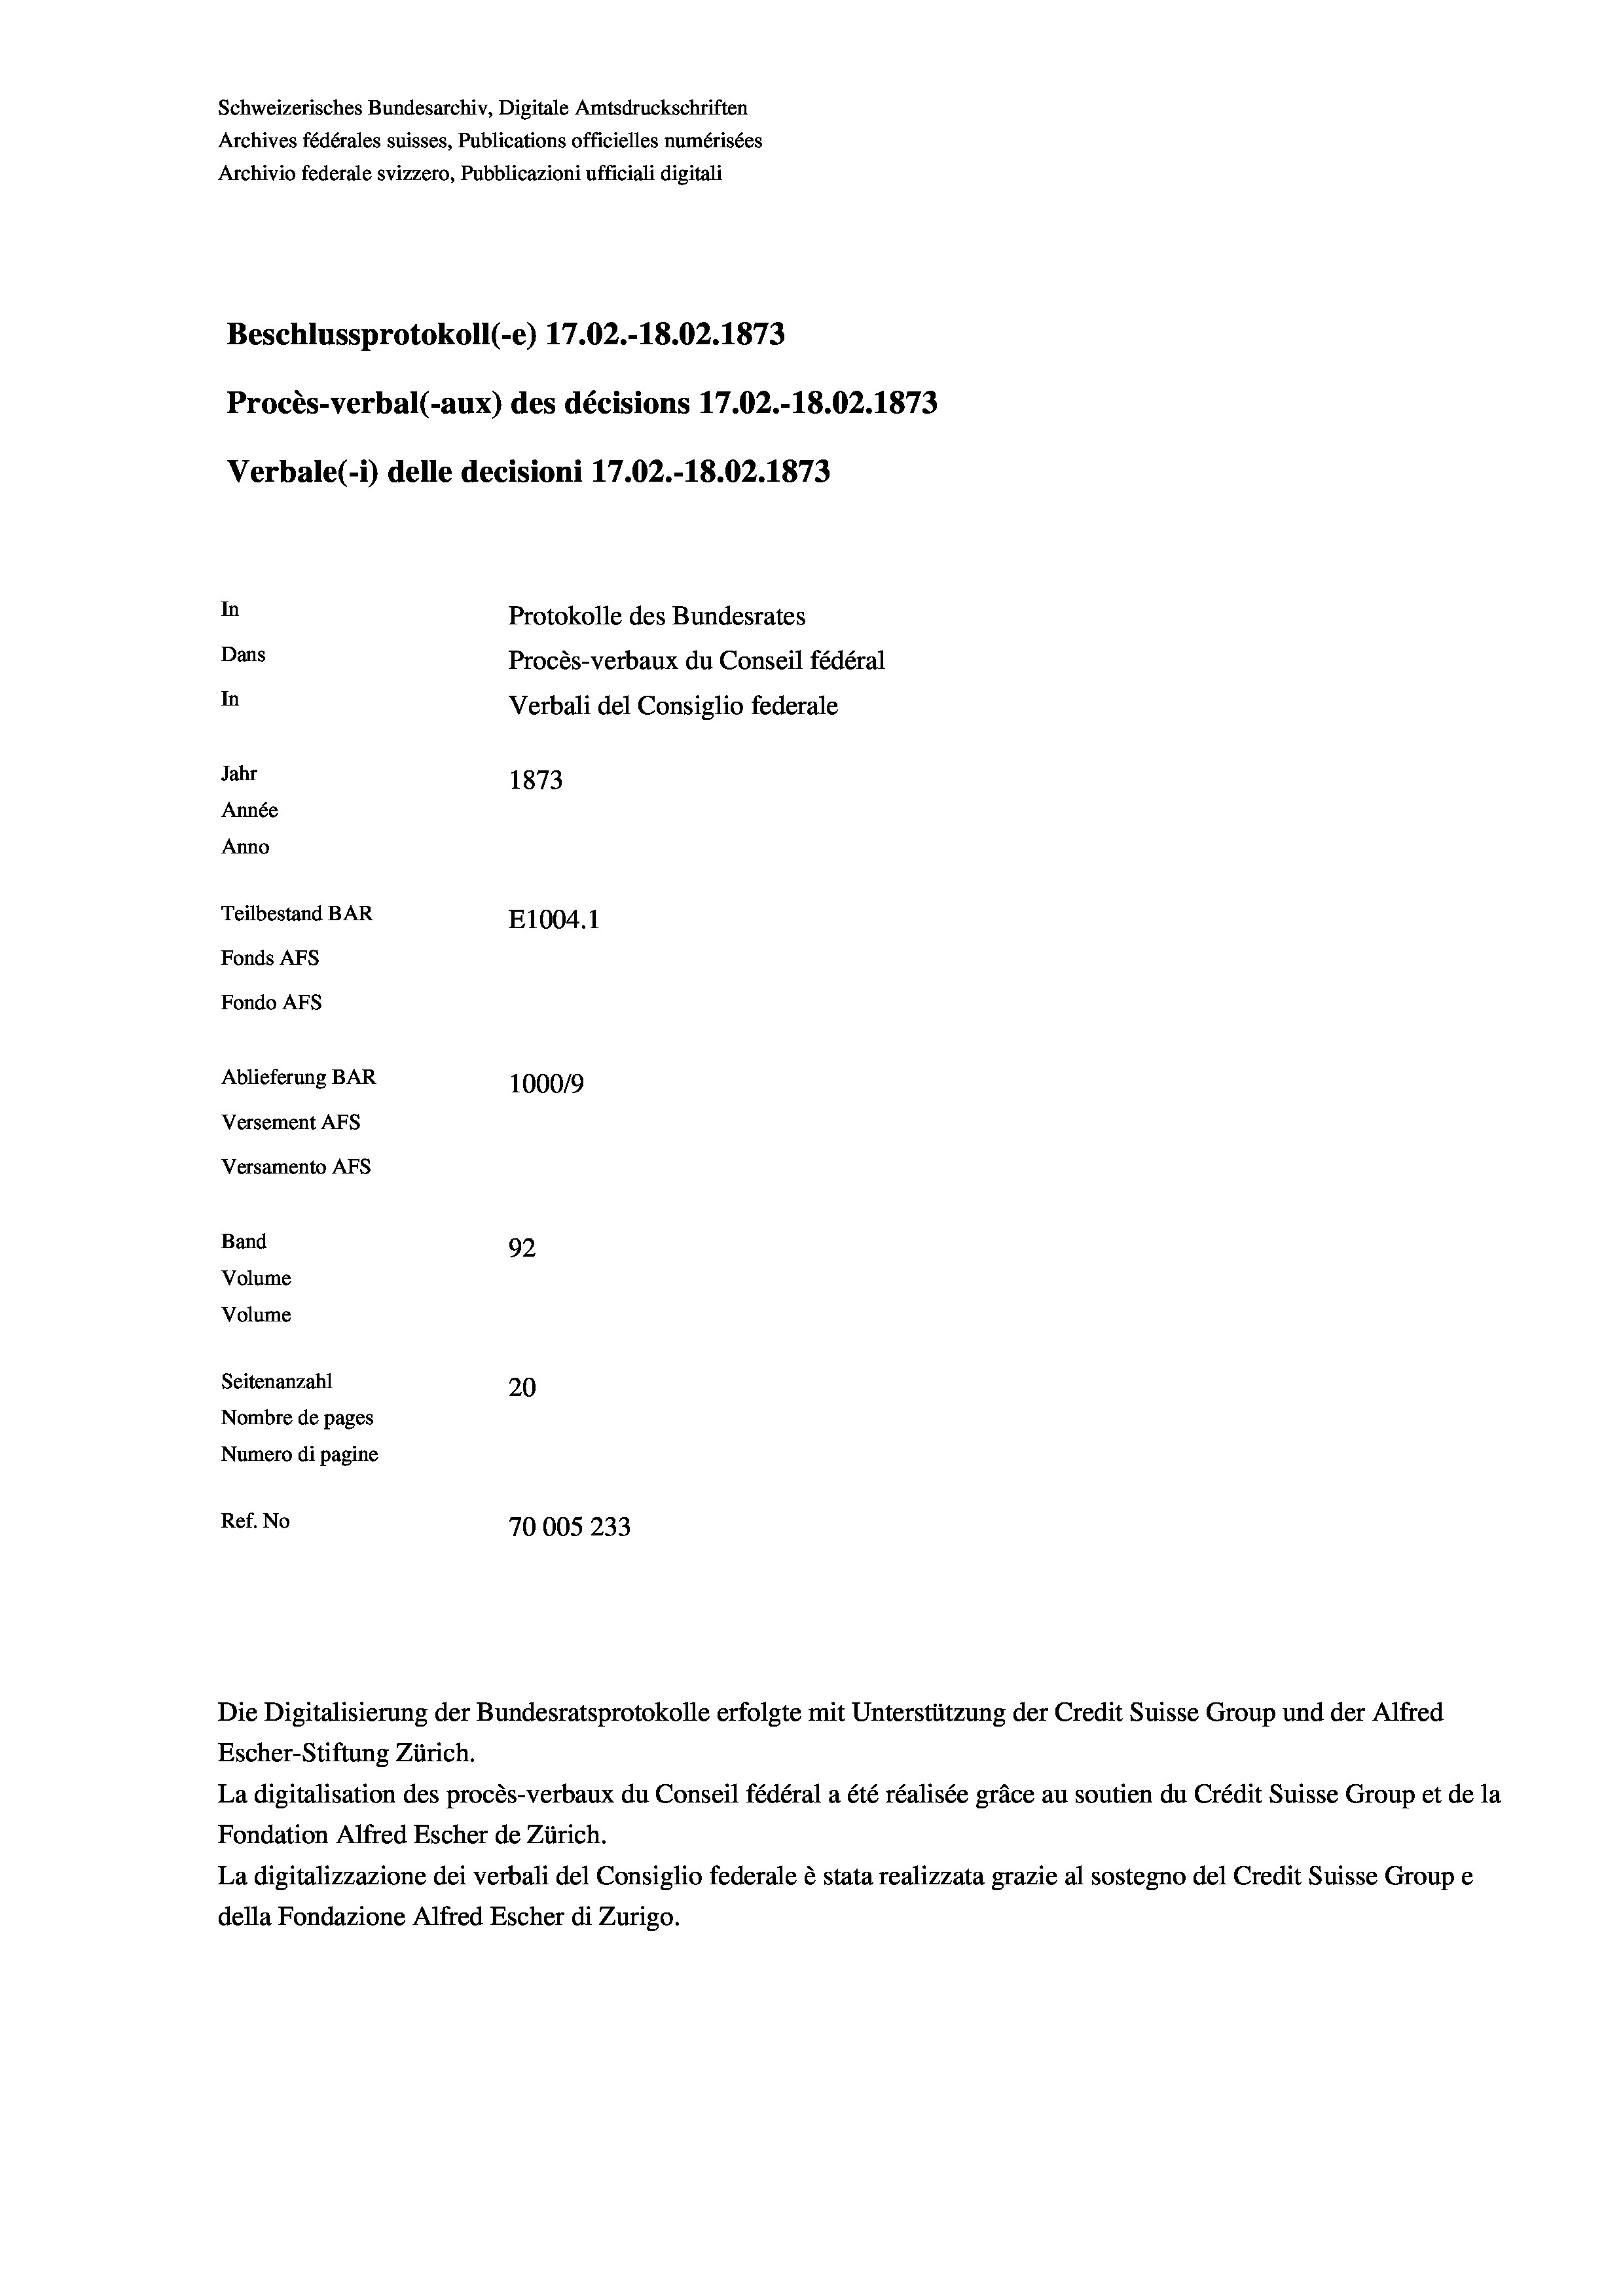
Schweizerisches Bundesarchiv, Digitale Amtsdruckschriften
Archives fédérales suisses, Publications officielles numérisées
Archivio federale svizzero, Pubblicazioni ufficiali digitali
Beschlussprotokoll (-e) 17.02.-18.02. 1873
Procès-verbal (-aux) des décisions 17.02.-18.02. 1873
Verbale (- 1) delle decisioni 17.02.-18.02. 1873
In
Protokolle des Bundesrates
Dans
Procès-verbaux du Conseil fédéral
In
Verbali del Consiglio federale
Jahr
1873
Année
Anno
Teilbestand BAR
E1004. 1
Fonds AFs
Fondo AFs
Ablieferung BAR
100019
Versement AFs
Versamento AFs
Band
92
Volume
Volume

Seitenanzahl
20
Nombre de pages
Numero di pagine
Ref. No
70005233

Escher-Stiftung Zürich.
La digitalisation des procès-verbaux du Conseil fédéral a été réalisée gräce au soutien du Crédit Suisse Group et de la
Fondation Alfred Escher de Zürich.
La digitalizzazione dei verbali del Consiglio federale è stata realizzata grazie al sostegno del Credit Suisse Groupe
della Fondazione Alfred Escher di Zurigo.

Die Digitalisierung der Bundesratsprotokolle erfolgte mit Unterstützung der Credit Suisse Group und der Alfred